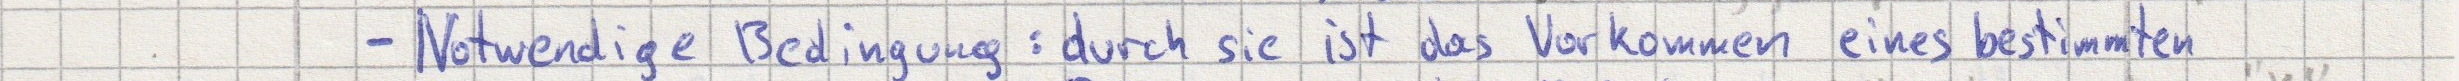
- Notwendige Bedingung: durch sie ist das Vorkommen eines bestimmten